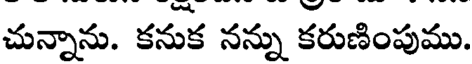
చున్నాను. కనుక నన్ను కరుణింపుము.